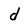
Character: d